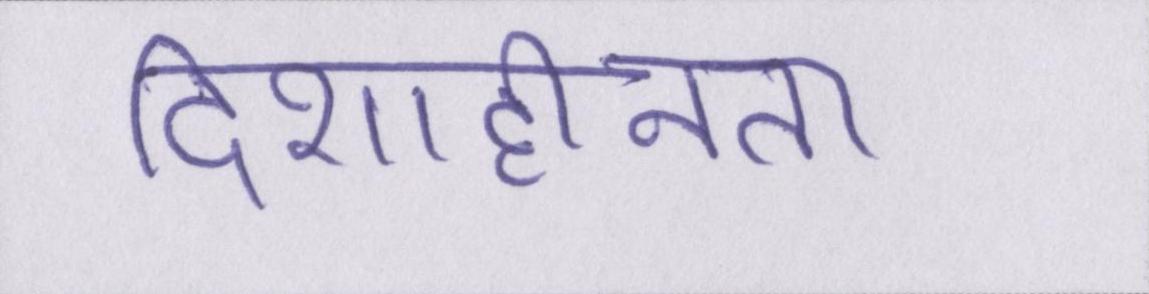
दिशाहीनता